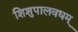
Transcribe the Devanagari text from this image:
शिशुपालवधम्